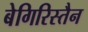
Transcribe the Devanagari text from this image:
बेगिरिस्तैन